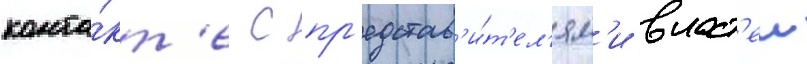
конта́кт'е с пр'едстав'и́т'ел'ям'и власт'еи